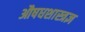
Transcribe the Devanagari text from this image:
औषधशास्त्रज्ञ